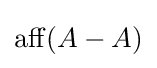
\operatorname {aff} (A-A)